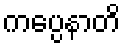
ကပ္ပေနာတိ